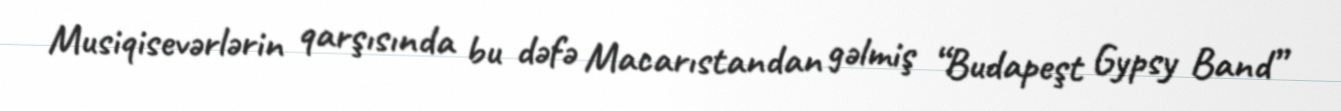
Musiqisevərlərin qarşısında bu dəfə Macarıstandan gəlmiş “Budapeşt Gypsy Band”